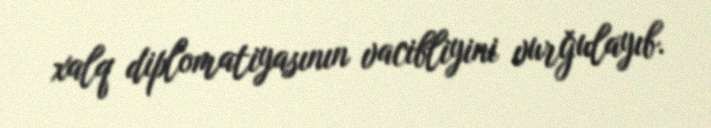
xalq diplomatiyasının vacibliyini vurğulayıb.